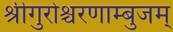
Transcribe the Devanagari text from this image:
श्रीगुरोश्चरणाम्बुजम्